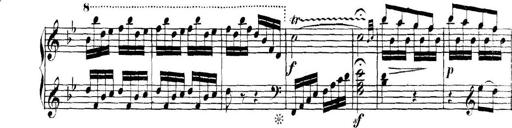
Title: Collected Piano Sonatas
Composer: Muzio Clementi